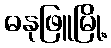
ဓနုဖြူမြို့